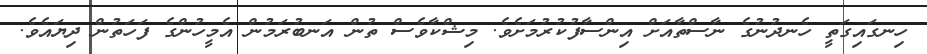
ހިނގައިގަތީ ހެނދުނުގެ ނާސްތާއަށް އިންސާފުކުރުމަށެވެ. މިޝްކާވެސް ތުން އަނބުރަމުން އެމީހުންގެ ފަހަތުން ދިޔައެވެ.